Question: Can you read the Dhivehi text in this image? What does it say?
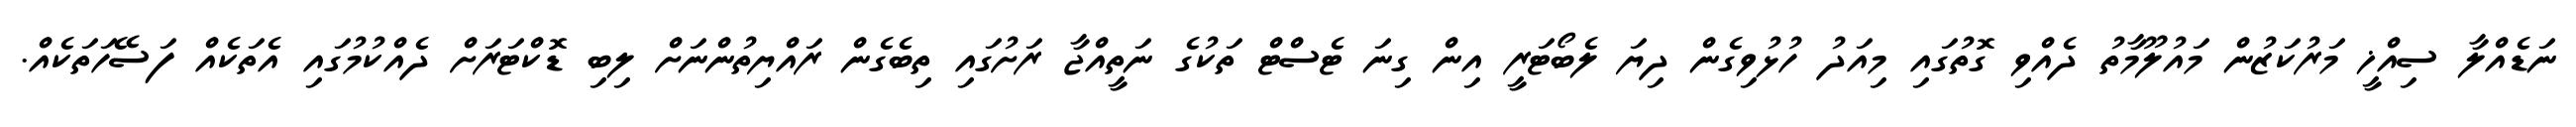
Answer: ނަޑެއްލާ ސިއްޚީ މަރުކަޒުން މައުލޫމާތު ދެއްވި ގޮތުގައި މިއަދު ހުޅުވިގެން ދިޔަ ލެބޯޓަރީ އިން ގިނަ ޓެސްޓް ތަކުގެ ނަތީއްޖާ ރަށުގައި ތިބެގެން ރައްޔިތުންނަށް ލިބި ޑޮކްޓަރަށް ދެއްކުމުގައި އެތަކެއް ފަސޭހަތަކެއް.